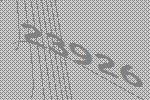
23926